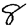
Digit: 8